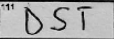
Transcription: DST